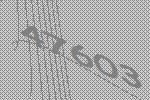
47603